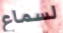
لسماع